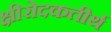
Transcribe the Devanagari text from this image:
क्षीरोदकतीर्थ